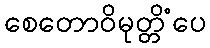
စေတောဝိမုတ္တိံပေ